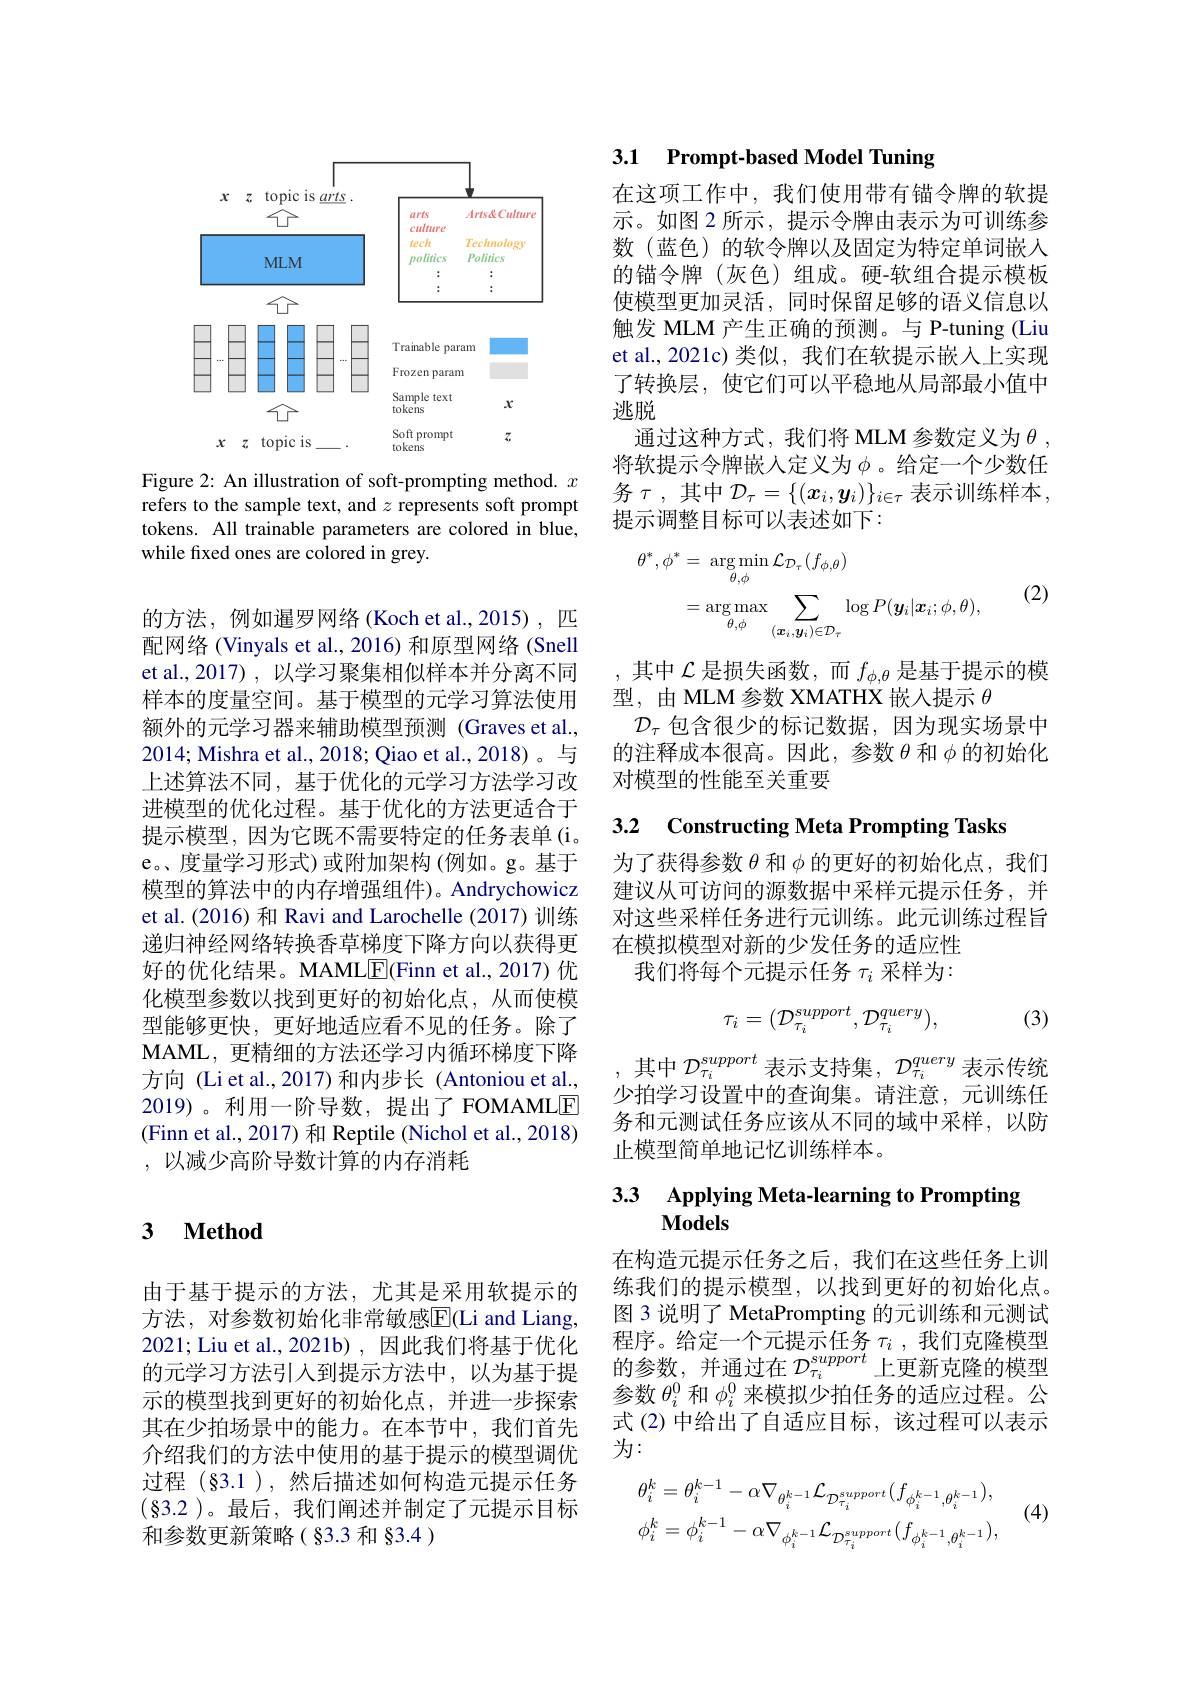
<FigureHere>

Figure 2: An illustration of soft-prompting method. $x$ refers to the sample text, and $z$ represents soft prompt tokens. All trainable parameters are colored in blue, while fixed ones are colored in grey.

的方法，例如暹罗网络(Koch et al.,2015), 匹配网络(Vinyals et al., 2016) 和原型网络 (Snell et al.,2017) , 以学习聚集相似样本并分离不同样本的度量空间。基于模型的元学习算法使用额外的元学习器来辅助模型预测 (Graves et al., 2014; Mishra et al., 2018; Qiao et al., 2018)。与上述算法不同，基于优化的元学习方法学习改进模型的优化过程。基于优化的方法更适合于提示模型，因为它既不需要特定的任务表单(i。e。度量学习形式)或附加架构(例如。g。基于模型的算法中的内存增强组件)。Andrychowicz et al. (2016) 和 Ravi and Larochelle (2017) 训练递归神经网络转换香草梯度下降方向以获得更好的优化结果。MAMLE(Finn et al., 2017) 优化模型参数以找到更好的初始化点，从而使模型能够更快，更好地适应看不见的任务。除了MAML, 更精细的方法还学习内循环梯度下降方向 (Li et al., 2017) 和内步长 (Antoniou et al., 2019)。利用一阶导数，提出了FOMAMLE (Finn et al., 2017) 和 Reptile (Nichol et al., 2018) ,以减少高阶导数计算的内存消耗

### 3 $\textbf{Method}$

由于基于提示的方法，尤其是采用软提示的方法，对参数初始化非常敏感$\overline{\mathrm{E}}($Li and Liang, 2021; Liu et al., 2021b) , 因此我们将基于优化的元学习方法引入到提示方法中，以为基于提示的模型找到更好的初始化点，并进一步探索其在少拍场景中的能力。在本节中，我们首先介绍我们的方法中使用的基于提示的模型调优过程(§3.1),然后描述如何构造元提示任务$(\S$3.2 )。最后，我们阐述并制定了元提示目标和参数更新策略(§3.3 和 §3.4 )

### 3.1 Prompt-based Model Tuning

在这项工作中，我们使用带有锚令牌的软提示。如图 2 所示，提示令牌由表示为可训练参数(蓝色)的软令牌以及固定为特定单词嵌人的锚令牌(灰色)组成。硬-软组合提示模板使模型更加灵活，同时保留足够的语义信息以触发 MLM 产生正确的预测。与 P-tuning (Liu et al., 2021c) 类似，我们在软提示嵌入上实现了转换层，使它们可以平稳地从局部最小值中逃脱
通过这种方式，我们将 MLM 参数定义为$\theta$ , 将软提示令牌嵌入定义为$\phi$。给定一个少数任务$\tau$,其中$\mathcal{D}_\tau=\{(x_i,y_i)\}_{i\in\tau}$表示训练样本， 提示调整目标可以表述如下：

(2)
$$\begin{aligned}\theta^{*},\phi^{*}&=\:\arg\operatorname*{min}_{\theta,\phi}\mathcal{L}_{\mathcal{D}_{\tau}}(f_{\phi,\theta})\\&=\arg\max_{\theta,\phi}\sum_{(\boldsymbol{x}_{i},\boldsymbol{y}_{i})\in\mathcal{D}_{\tau}}\log P(\boldsymbol{y}_{i}|\boldsymbol{x}_{i};\phi,\theta),\end{aligned}$$
,其中$\mathcal{L}$是损失函数，而$f_\phi,\theta$是基于提示的模
型，由 MLM 参数 XMATHX 嵌入提示$\theta$
$\mathcal{D}_\tau$包含很少的标记数据，因为现实场景中的注释成本很高。因此，参数$\theta$和$\phi$的初始化对模型的性能至关重要

3.2 Constructing Meta Prompting Tasks

为了获得参数$\theta$和$\phi$的更好的初始化点，我们建议从可访问的源数据中采样元提示任务，并对这些采样任务进行元训练。此元训练过程旨在模拟模型对新的少发任务的适应性
我们将每个元提示任务$\tau_i$采样为：
$$\tau_i=(\mathcal{D}_{\tau_i}^{support},\mathcal{D}_{\tau_i}^{query}),$$
(3)

其中$\mathcal{D}_\tau_i^{support}$表示支持集，$\mathcal{D}_\tau_i^{query}$表示传统少拍学习设置中的查询集。请注意，元训练任务和元测试任务应该从不同的域中采样，以防止模型简单地记忆训练样本。

# 3.3 Applying Meta-learning to Prompting Models

在构造元提示任务之后，我们在这些任务上训练我们的提示模型，以找到更好的初始化点。图 3 说明了 MetaPrompting 的元训练和元测试程序。给定一个元提示任务$\tau_i$ ,我们克隆模型的参数，并通过在$\mathcal{D}_\tau_i^{support}$上更新克隆的模型参数$\theta_i^0$和$\phi_i^0$来模拟少拍任务的适应过程。公式 (2) 中给出了自适应目标，该过程可以表示为：

(4)
$$\theta_{i}^{k}=\theta_{i}^{k-1}-\alpha\nabla_{\theta_{i}^{k-1}}\mathcal{L}_{\mathcal{D}\tau_{i}^{support}}(f_{\phi_{i}^{k-1},\theta_{i}^{k-1}}),\\\phi_{i}^{k}=\phi_{i}^{k-1}-\alpha\nabla_{\phi_{i}^{k-1}}\mathcal{L}_{\mathcal{D}\tau_{i}^{support}}(f_{\phi_{i}^{k-1},\theta_{i}^{k-1}}),$$